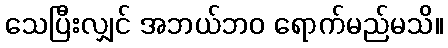
သေပြီးလျှင် အဘယ်ဘဝ ရောက်မည်မသိ။